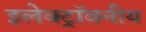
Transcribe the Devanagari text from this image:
इलेक्ट्रॉवनीय